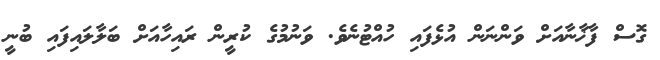
ގޮސް ފާޚާނާއަށް ވަންނަން އުޅެފައި ހުއްޓުނެވެ. ވަނުމުގެ ކުރީން ރައިހާއަށް ބަލާލައިފައި ބުނީ